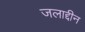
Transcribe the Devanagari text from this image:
जलाद्दीन